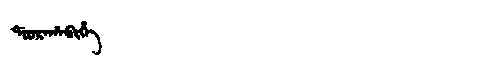
Manchu: ᡩᠣᠣᡵᠠᡥᠠᠪᡳᡥᡝ
Romanization: DOORAHABIHE